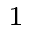
^ 1